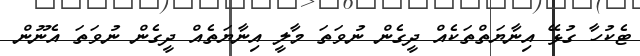
ޓެކުހާ ގުޅޭ އިނާޔަތްތަކެއް ދީގެން ނުވަތަ މާލީ އިނާޔަތެއް ދީގެން ނުވަތަ އެނޫން